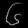
Digit: ၆